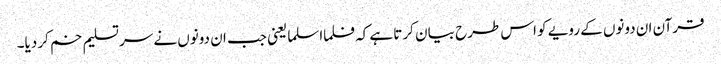
قرآن ان دونوں کے رویے کو اس طرح بیا ن کرتا ہے کہ فلما اسلما یعنی جب ان دونوں نے سرتسلیم خم کر دیا۔